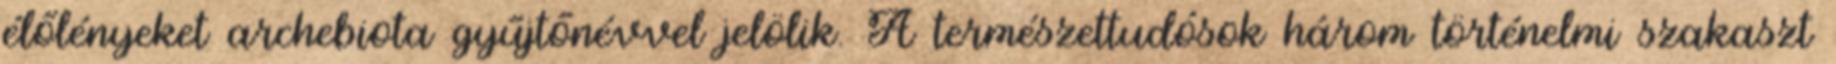
élőlényeket archebiota gyűjtőnévvel jelölik. A természettudósok három történelmi szakaszt